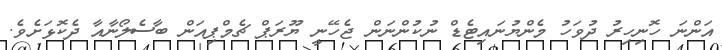
އަންނަ ހޮނިހިރު ދުވަހު މެންޔުނައިޓެޑް ނުކުންނަން ޖެހޭނީ ޔޫރަޕް ޗެމްޕިއަން ބާސެލޯނާއާ ދެކޮޅަށެވެ.